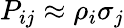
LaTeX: P_{ij}\approx\rho_{i}\sigma_{j}